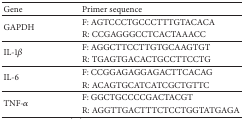
| Gene | Primer sequence |
 | --- | --- |
 | <ROWSPAN=2> GAPDH | F: AGTCCCTGCCCTTTGTACACA |
 | R: CCGAGGGCCTCACTAAACC |
 | <ROWSPAN=2> IL-1β | F: AGGCTTCCTTGTGCAAGTGT |
 | R: TGAGTGACACTGCCTTCCTG |
 | <ROWSPAN=2> IL-6 | F: CCGGAGAGGAGACTTCACAG |
 | R: ACAGTGCATCATCGCTGTTC |
 | <ROWSPAN=2> TNF-α | F: GGCTGCCCCGACTACGT |
 | R: AGGTTGACTTTCTCCTGGTATGAGA |